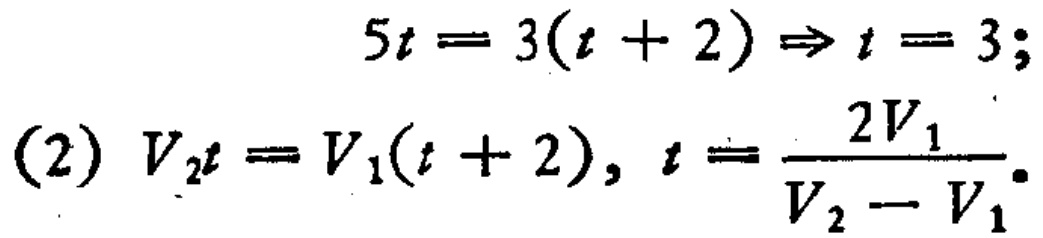
\[
\begin{align*}
5t&=3(t + 2)\Rightarrow t = 3;\\
(2)\ V_2t&=V_1(t + 2),\ t=\frac{2V_1}{V_2 - V_1}.
\end{align*}
\]